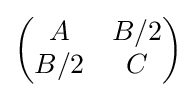
\left({\begin{matrix}A&B/2\\B/2&C\end{matrix}}\right)